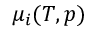
\mu _ { i } ( T , p )